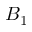
B _ { 1 }